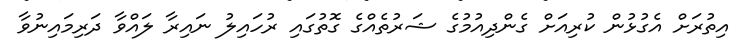
އިތުރަށް އެގުޅުން ކުރިއަށް ގެންދިއުމުގެ ޝަރުތެއްގެ ގޮތުގައި ރުހައިލު ނައިރާ ލައްވާ ދަރިމައިނުވާ